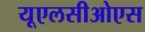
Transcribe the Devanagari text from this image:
यूएलसीओएस